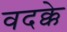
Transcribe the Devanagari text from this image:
वदक्के